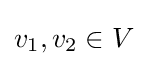
v_{1},v_{2}\in V